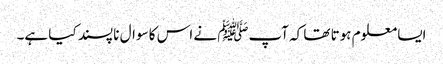
ایسا معلوم ہوتا تھا کہ آپﷺ نے اس کا سوال نا پسند کیا ہے۔